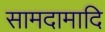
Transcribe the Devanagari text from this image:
सामदामादि